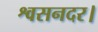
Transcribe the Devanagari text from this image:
श्वसनदर।